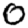
Digit: 0